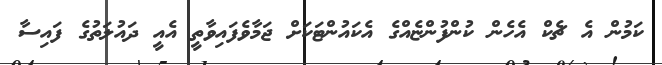
ކަމުން އެ ޗެކް އެހެން ކުންފުންޏެއްގެ އެކައުންޓަކަށް ޖަމާވެފައިވާތީ އެއީ ދައުލަތުގެ ފައިސާ